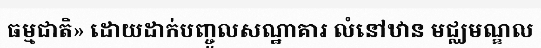
ធម្មជាតិ» ដោយដាក់បញ្ចូលសណ្ឋាគារ លំនៅឋាន មជ្ឈមណ្ឌល